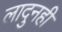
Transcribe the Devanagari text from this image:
लादुनही